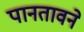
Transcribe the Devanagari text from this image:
पानतावने